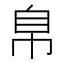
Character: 𰯴